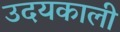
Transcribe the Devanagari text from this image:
उदयकाली